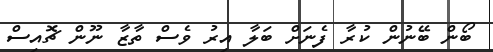
ބޯން ބޭނުން ކުރާ ފެނަށް ބަލާ އިރު ވެސް ތާޒާ ނޫން ޗޮއިސް